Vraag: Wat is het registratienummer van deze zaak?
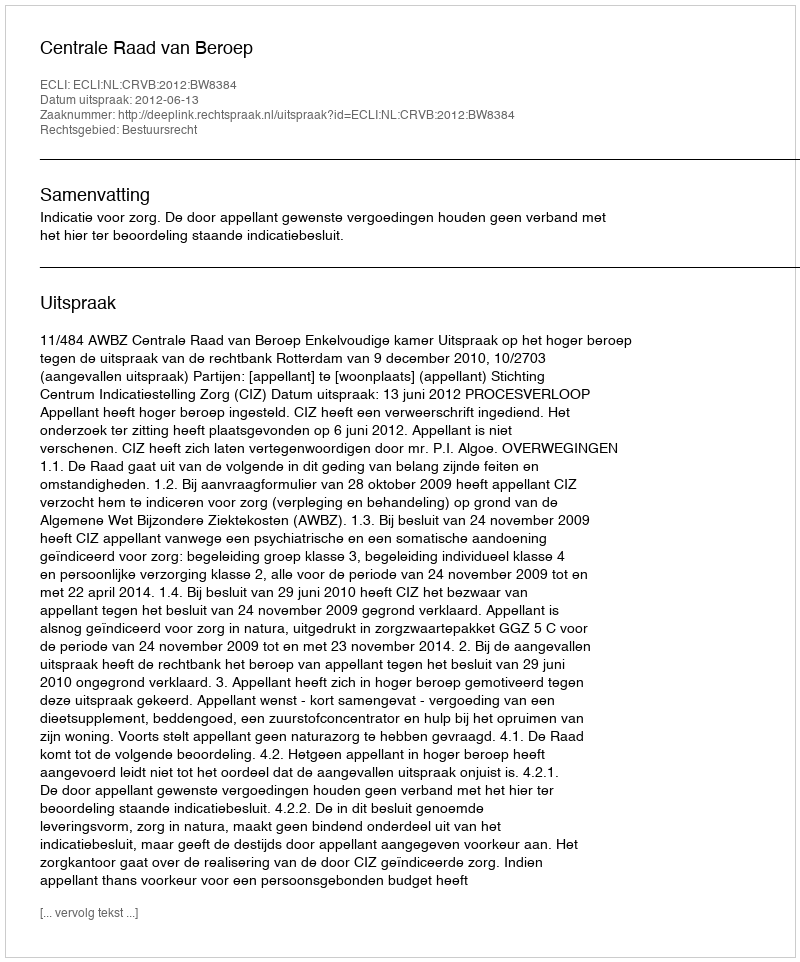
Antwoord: http://deeplink.rechtspraak.nl/uitspraak?id=ECLI:NL:CRVB:2012:BW8384